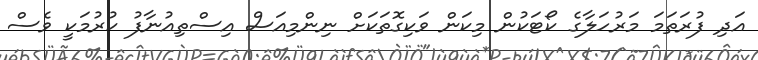
އަދި ފުރަތަމަ މަރުހަލާގެ ކޯޓަކުން މިކަން ވަކިގޮތަކަށް ނިންމިއަސް އިސްތިއުނާފު ކުރުމަކީ ވެސް